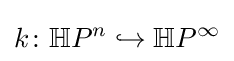
k\colon \mathbb {H} P^{n}\hookrightarrow \mathbb {H} P^{\infty }